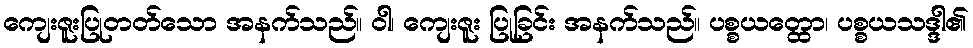
ကျေးဇူးပြုတတ်သော အနက်သည်။ ဝါ၊ ကျေးဇူး ပြုခြင်း အနက်သည်။ ပစ္စယတ္ထော၊ ပစ္စယသဒ္ဒါ၏